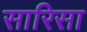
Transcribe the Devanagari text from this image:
सारिसा